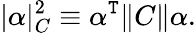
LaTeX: |\alpha|_{C}^{2}\equiv\alpha^{\mathtt{T}}\| C\| \alpha.